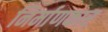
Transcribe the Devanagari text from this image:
निर्माणकार